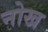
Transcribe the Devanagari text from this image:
नोख